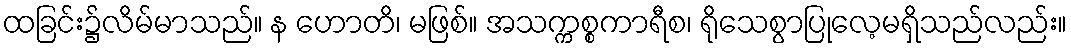
ထခြင်း၌လိမ်မာသည်။ န ဟောတိ၊ မဖြစ်။ အသက္ကစ္စကာရီစ၊ ရိုသေစွာပြုလေ့မရှိသည်လည်း။